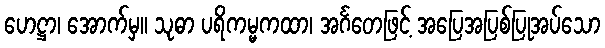
ဟေဋ္ဌာ၊ အောက်မှ။ သုဓာ ပရိကမ္မကထာ၊ အင်္ဂတေဖြင့် အပြေအပြစ်ပြုအပ်သော